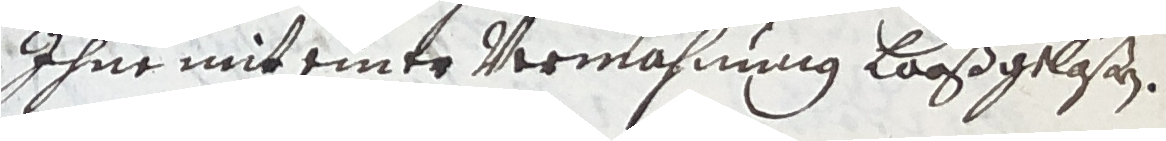
ihne mit einer vermahnung looßgelaßen.